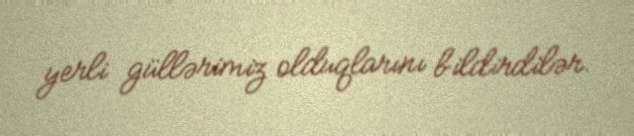
yerli güllərimiz olduqlarını bildirdilər.